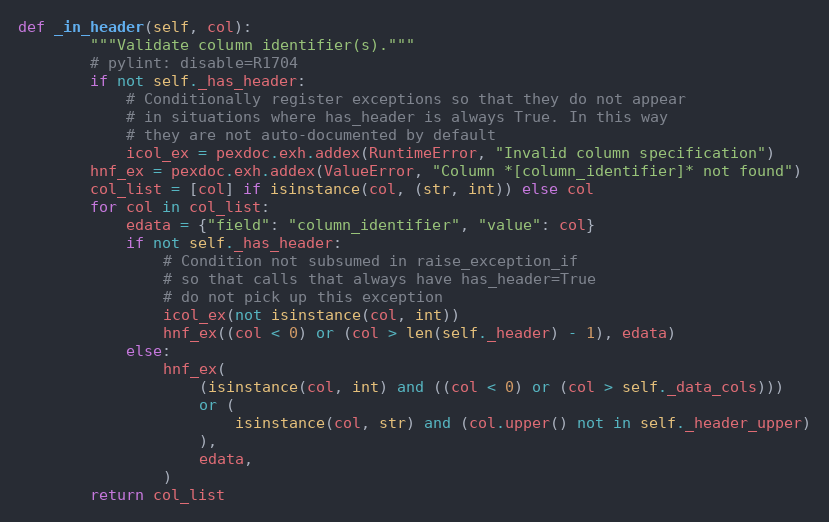
Language: Python
def _in_header(self, col):
        """Validate column identifier(s)."""
        # pylint: disable=R1704
        if not self._has_header:
            # Conditionally register exceptions so that they do not appear
            # in situations where has_header is always True. In this way
            # they are not auto-documented by default
            icol_ex = pexdoc.exh.addex(RuntimeError, "Invalid column specification")
        hnf_ex = pexdoc.exh.addex(ValueError, "Column *[column_identifier]* not found")
        col_list = [col] if isinstance(col, (str, int)) else col
        for col in col_list:
            edata = {"field": "column_identifier", "value": col}
            if not self._has_header:
                # Condition not subsumed in raise_exception_if
                # so that calls that always have has_header=True
                # do not pick up this exception
                icol_ex(not isinstance(col, int))
                hnf_ex((col < 0) or (col > len(self._header) - 1), edata)
            else:
                hnf_ex(
                    (isinstance(col, int) and ((col < 0) or (col > self._data_cols)))
                    or (
                        isinstance(col, str) and (col.upper() not in self._header_upper)
                    ),
                    edata,
                )
        return col_list